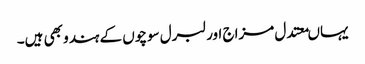
یہاںمعتدل مزاج اور لبرل سوچوں کے ہندو بھی ہیں۔